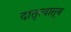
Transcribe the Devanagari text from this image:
दातृत्वातून